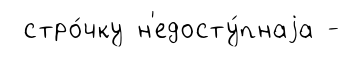
стро́чку н'едосту́пнаjа -